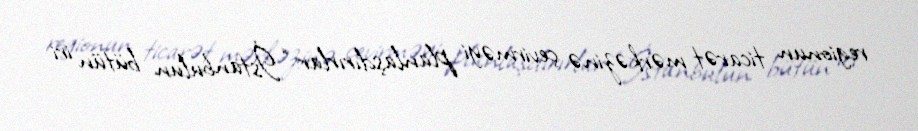
regionun ticarət mərkəzinə çevirməyi planlaşdırırlar: “İstanbulun bütün iri